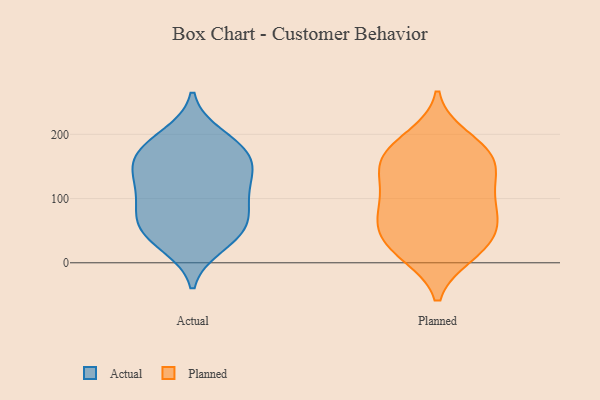
{"axis": {"x": "Revenue (USD Million)", "y": "Value"}, "legend": ["Actual", "Planned"], "data": [{"x": "", "y": 27, "type": "Actual"}, {"x": "", "y": 43, "type": "Actual"}, {"x": "", "y": 179, "type": "Actual"}, {"x": "", "y": 198, "type": "Actual"}, {"x": "", "y": 184, "type": "Actual"}, {"x": "", "y": 115, "type": "Actual"}, {"x": "", "y": 151, "type": "Actual"}, {"x": "", "y": 172, "type": "Actual"}, {"x": "", "y": 38, "type": "Actual"}, {"x": "", "y": 147, "type": "Actual"}, {"x": "", "y": 128, "type": "Actual"}, {"x": "", "y": 89, "type": "Actual"}, {"x": "", "y": 69, "type": "Actual"}, {"x": "", "y": 103, "type": "Actual"}, {"x": "", "y": 148, "type": "Actual"}, {"x": "", "y": 71, "type": "Actual"}, {"x": "", "y": 58, "type": "Actual"}, {"x": "", "y": 107, "type": "Planned"}, {"x": "", "y": 150, "type": "Planned"}, {"x": "", "y": 157, "type": "Planned"}, {"x": "", "y": 113, "type": "Planned"}, {"x": "", "y": 12, "type": "Planned"}, {"x": "", "y": 186, "type": "Planned"}, {"x": "", "y": 47, "type": "Planned"}, {"x": "", "y": 132, "type": "Planned"}, {"x": "", "y": 67, "type": "Planned"}, {"x": "", "y": 16, "type": "Planned"}, {"x": "", "y": 177, "type": "Planned"}, {"x": "", "y": 65, "type": "Planned"}, {"x": "", "y": 163, "type": "Planned"}, {"x": "", "y": 196, "type": "Planned"}, {"x": "", "y": 40, "type": "Planned"}, {"x": "", "y": 150, "type": "Planned"}, {"x": "", "y": 89, "type": "Planned"}, {"x": "", "y": 50, "type": "Planned"}, {"x": "", "y": 86, "type": "Planned"}, {"x": "", "y": 13, "type": "Planned"}]}